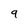
Character: 9